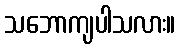
သဘောကျပါသလား။